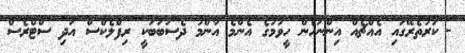
-	ކަރުތެރޭގައި އެއްޗެއް އިންނަހެން ހީވުމުގެ އެންމެ އާންމު ދެސަބަބަކީ ރިފްލެކްސް އަދި ސްޓްރެސް